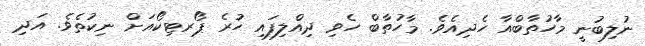
ނުލިބުނީ މާހުތާބްއާ ހެދިއެވެ. މާހުތާބް ހެވި ދިއްލިފައި ހުރެ ޕޯރޓިކޯއަށް ނިކުތެވެ. އަދި